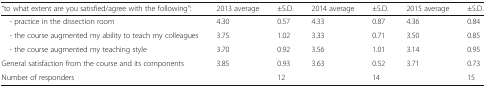
| “to what extent are you satisfied/agree with the following”: | 2013 average | ±S.D. | 2014 average | ±S.D. | 2015 average | ±S.D. |
 | --- | --- | --- | --- | --- | --- | --- |
 | - practice in the dissection room | 4.30 | 0.57 | 4.33 | 0.87 | 4.36 | 0.84 |
 | - the course augmented my ability to teach my colleagues | 3.75 | 1.02 | 3.33 | 0.71 | 3.50 | 0.85 |
 | - the course augmented my teaching style | 3.70 | 0.92 | 3.56 | 1.01 | 3.14 | 0.95 |
 | General satisfaction from the course and its components | 3.85 | 0.93 | 3.63 | 0.52 | 3.71 | 0.73 |
 | Number of responders |  | 12 |  | 14 |  | 15 |